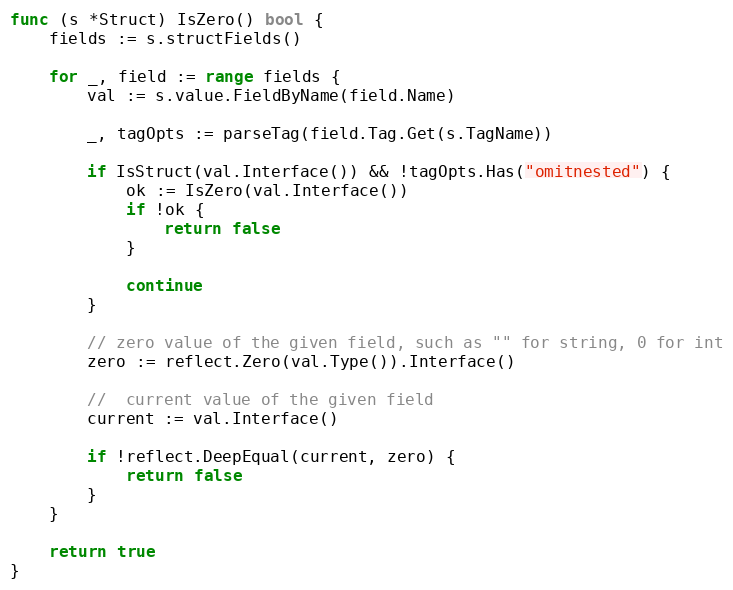
Language: Go
func (s *Struct) IsZero() bool {
	fields := s.structFields()

	for _, field := range fields {
		val := s.value.FieldByName(field.Name)

		_, tagOpts := parseTag(field.Tag.Get(s.TagName))

		if IsStruct(val.Interface()) && !tagOpts.Has("omitnested") {
			ok := IsZero(val.Interface())
			if !ok {
				return false
			}

			continue
		}

		// zero value of the given field, such as "" for string, 0 for int
		zero := reflect.Zero(val.Type()).Interface()

		//  current value of the given field
		current := val.Interface()

		if !reflect.DeepEqual(current, zero) {
			return false
		}
	}

	return true
}